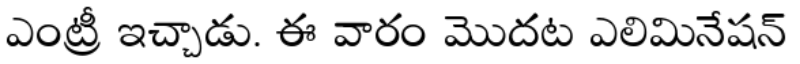
ఎంట్రీ ఇచ్చాడు. ఈ వారం మొదట ఎలిమినేషన్